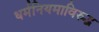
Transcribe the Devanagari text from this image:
धर्मनियमाविरुद्ध